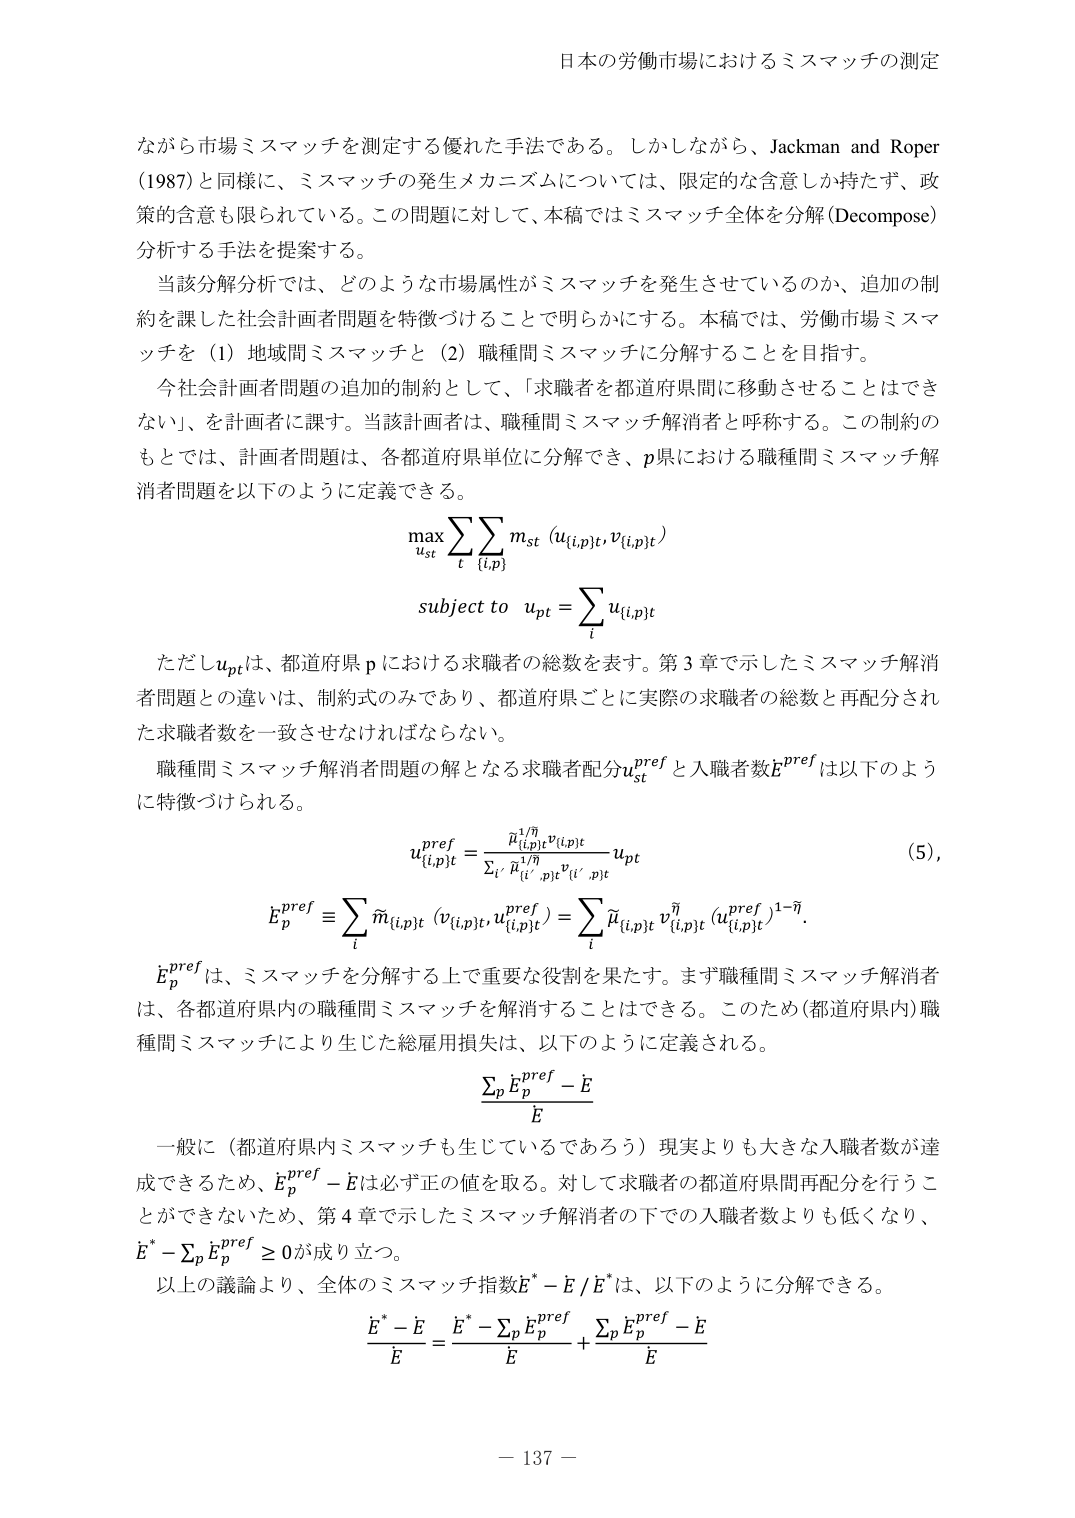
日本の労働市場におけるミスマッチの測定

ながら市場ミスマッチを測定する優れた手法である。しかしながら、Jackman and Roper (1987)と同様に、ミスマッチの発生メカニズムについては、限定的な含意しか持たず、政策の含意も限られている。この問題に対して、本稿ではミスマッチ全体を分解 (Decompose) 分析する手法を提案する。

当該分解分析では、どのような市場属性がミスマッチを発生させているのか、追加の制約を課した社会計画者問題を特徴づけることで明らかにする。本稿では、労働市場ミスマッチを（1）地域間ミスマッチと（2）職種間ミスマッチに分解することを目指す。

今社会計画者問題の追加的制約として、「求職者を都道府県間に移動させることはできない」、を計画者に課す。当該計画者は、職種間ミスマッチ解消者と呼称する。この制約のもとでは、計画者問題は、各都道府県単位に分解でき、p県における職種間ミスマッチ解消者問題を以下のように定義できる。

max ∑∑ m_st (u_{i,p,t}, v_{i,p,t})
     u_st   t {i,p}

subject to  u_{p,t} = ∑ u_{i,p,t}
                     i

ただし u_{p,t} は、都道府県 p における求職者の総数を表す。第3章で示したミスマッチ解消者問題との違いは、制約式のみであり、都道府県ごとに実際の求職者の総数と再配分された求職者数を一致させなければならない。

職種間ミスマッチ解消者問題の解となる求職者配分 u_{i,p,t}^{pref} と入職者数 E_p^{pref} は以下のように特徴づけられる。

u_{i,p,t}^{pref} = (̄μ_{i,p,t}^{1/η} v_{i,p,t}) / (∑_{i'} ̄μ_{i',p,t}^{1/η} v_{i',p,t}) × u_{p,t}  (5)

E_p^{pref} ≡ ∑_i ̄m_{i,p,t} (v_{i,p,t}, u_{i,p,t}^{pref}) = ∑_i ̄μ_{i,p,t} v_{i,p,t}^η (u_{i,p,t}^{pref})^{1-η}

E_p^{pref} は、ミスマッチを分解する上で重要な役割を果たす。まず職種間ミスマッチ解消者は、各都道府県内の職種間ミスマッチを解消することはできる。このため（都道府県内）職種間ミスマッチにより生じた総雇用損失は、以下のように定義される。

(∑_p E_p^{pref} - E) / E

一般に（都道府県内ミスマッチも生じているであろう）現実よりも大きな入職者数が達成できるため、E_p^{pref} - E は必ず正の値を取る。対して求職者の都道府県間再配分を行うことができないため、第4章で示したミスマッチ解消者の下での入職者数よりも低くなり、E^* - ∑_p E_p^{pref} ≥ 0 が成り立つ。

以上の議論より、全体のミスマッチ指数 (E^* - E) / E^* は、以下のように分解できる。

(E^* - E) / E = (E^* - ∑_p E_p^{pref}) / E + (∑_p E_p^{pref} - E) / E

－ 137 －